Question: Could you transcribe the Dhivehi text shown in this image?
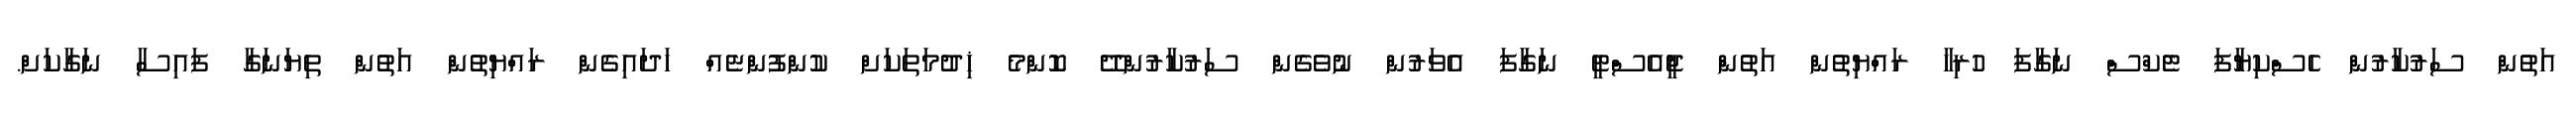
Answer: އަތުން ސަރުކާރުން ހެސްކިޔާފަ ޓެކްސް ނަގާފަ ހުރިހާ ރައްޔިތުން އަތުންްް ޖީއެސްޓީ ނަގާފަ އެވަރުން ނުވެގެން ސަރުކާރުންދޭ ކޮންމެ ޚިދުމަތަކަށް ކުންފުންޏެއް ހަދައިގެން ރައްޔިތުންް އަތުން ތިޔަނަގާ ފައިސާ ނަގާކަށް.